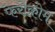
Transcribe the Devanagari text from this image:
फेरोक्रोम